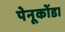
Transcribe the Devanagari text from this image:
पेनूकोंडा